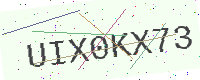
Text: UIX0KX73